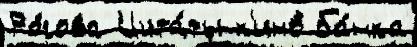
Ро́гова Цита́ты к'ино́ ба́нка